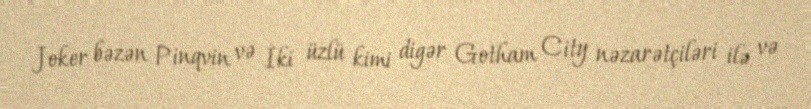
Joker bəzən Pinqvin və İki üzlü kimi digər Gotham City nəzarətçiləri ilə və